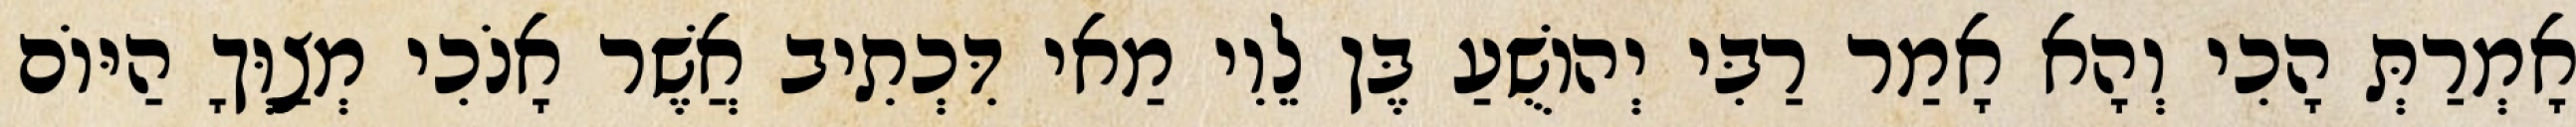
אָמְרַתְּ הָכִי וְהָא אָמַר רַבִּי יְהוֹשֻׁעַ בֶּן לֵוִי מַאי דִּכְתִיב אֲשֶׁר אָנֹכִי מְצַוְּךָ הַיּוֹם